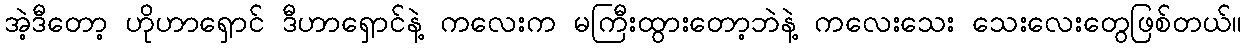
အဲ့ဒီတော့ ဟိုဟာရှောင် ဒီဟာရှောင်နဲ့ ကလေးက မကြီးထွားတော့ဘဲနဲ့ ကလေးသေး သေးလေးတွေဖြစ်တယ်။